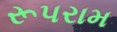
રૂપરામ